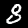
Label: 8